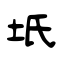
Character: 坁